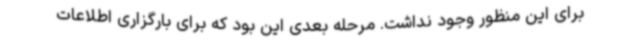
برای این منظور وجود نداشت. مرحله بعدی این بود که برای بارگزاری اطلاعات